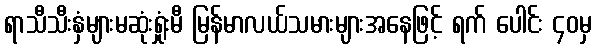
ရာသီသီးနှံများမဆုံးရှုံးမီ မြန်မာလယ်သမားများအနေဖြင့် ရက် ပေါင်း ၄၀မှ